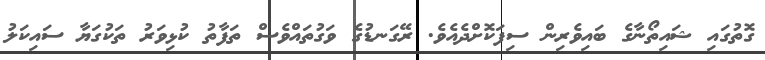
ގޮތުގައި ޝައިތޯނާގެ ބައިވެރިން ސިފަކޮށްދެއެވެ. ރޭގަނޑުގެ ވަގުތައްވެސް ތަފާތު ކުޅިވަރު ތަކުގަޔާ ސައިކަލު